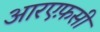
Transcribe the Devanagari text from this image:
आरएफ़सी